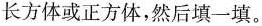
长方体或正方体，然后填一填。